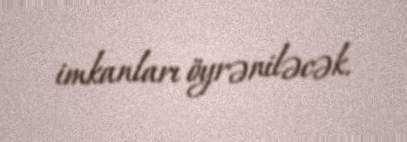
imkanları öyrəniləcək.